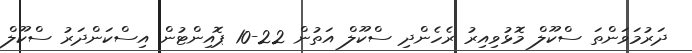
ދަރުމަވަންތަ ސްކޫލް މޮޅުވިއިރު ރެހެންދި ސްކޫލް އަތުން 22-10 ޕޮއިންޓުން އިސްކަންދަރު ސްކޫލް